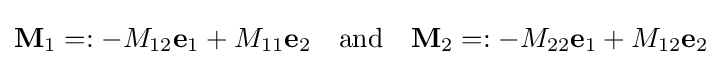
\mathbf {M} _{1}=:-M_{12}\mathbf {e} _{1}+M_{11}\mathbf {e} _{2}\quad {\text{and}}\quad \mathbf {M} _{2}=:-M_{22}\mathbf {e} _{1}+M_{12}\mathbf {e} _{2}